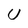
Character: U